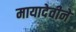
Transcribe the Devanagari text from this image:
मायादेवीने